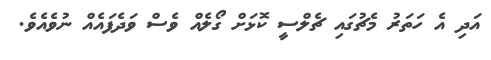
އަދި އެ ހަތަރު މެޗުގައި ޗެލްސީ ކޮޅަށް ގޯލެއް ވެސް ވަދެފައެއް ނުވެއެވެ.